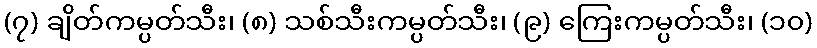
(၇) ချိတ်ကမ္ပတ်သီး၊ (၈) သစ်သီးကမ္ပတ်သီး၊ (၉) ကြေးကမ္ပတ်သီး၊ (၁၀)